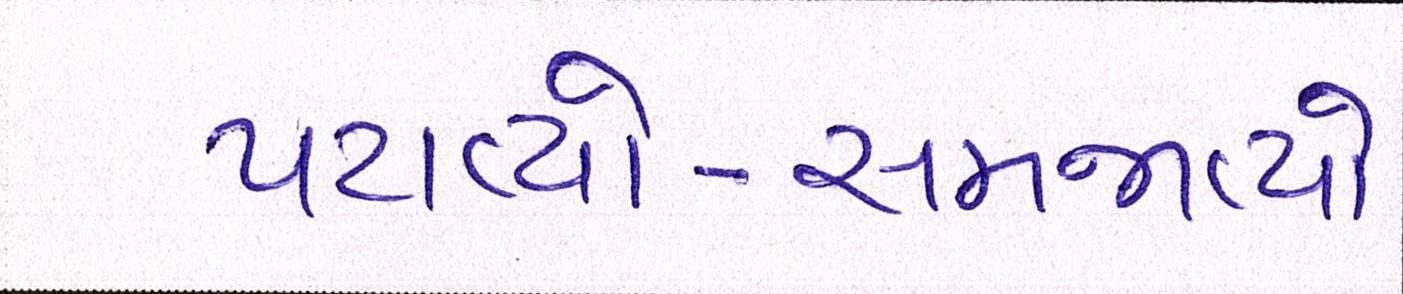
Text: પટાવ્યો-સમજાવ્યો